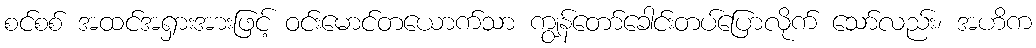
စင်စစ် အထင်အရှားအားဖြင့် ဝင်းမောင်တယောက်သာ ကျွန်တော်ခေါင်းတပ်ပြောလိုက် သော်လည်း၊ အဟိက